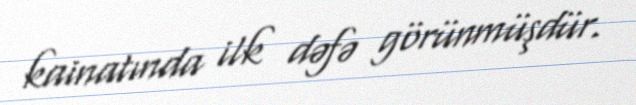
kainatında ilk dəfə görünmüşdür.